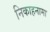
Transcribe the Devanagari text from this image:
निकाहनामा